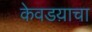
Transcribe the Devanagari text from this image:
केवडय़ाचा